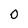
Character: O